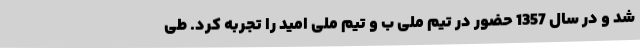
شد و در سال 1357 حضور در تیم ملی ب و تیم ملی امید را تجربه کرد. طی